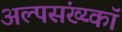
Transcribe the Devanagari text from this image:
अल्पसंख्य्कॉ